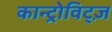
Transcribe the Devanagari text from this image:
कान्ट्रोविट्ज़